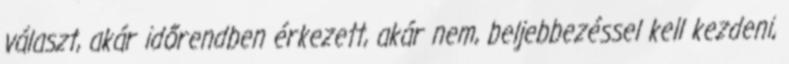
választ, akár időrendben érkezett, akár nem, beljebbezéssel kell kezdeni,